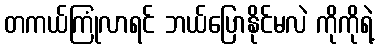
တကယ်ကြုံလာရင် ဘယ်ပြောနိုင်မလဲ ကိုကိုရဲ့